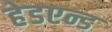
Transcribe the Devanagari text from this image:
हेडएन्ड